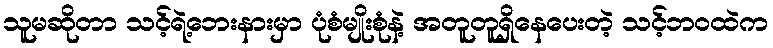
သူမဆိုတာ သင့်ရဲ့ဘေးနားမှာ ပုံစံမျိုးစုံနဲ့ အတူတူရှိနေပေးတဲ့ သင့်ဘဝထဲက